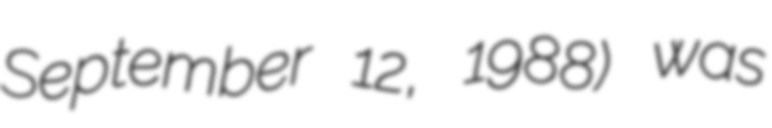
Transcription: September 12, 1988) was